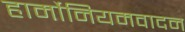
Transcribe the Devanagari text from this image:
हार्मोनियमवादन